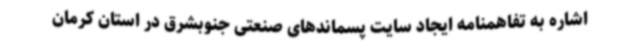
اشاره به تفاهمنامه ایجاد سایت پسماندهای صنعتی جنوبشرق در استان کرمان